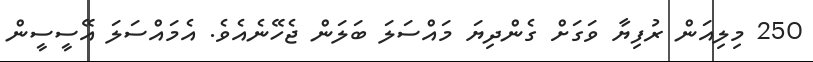
250 މިލިއަން ރުފިޔާ ވަގަށް ގެންދިޔަ މައްސަލަ ބަލަން ޖެހޭނެއެވެ. އެމައްސަލަ އޭސީސީން